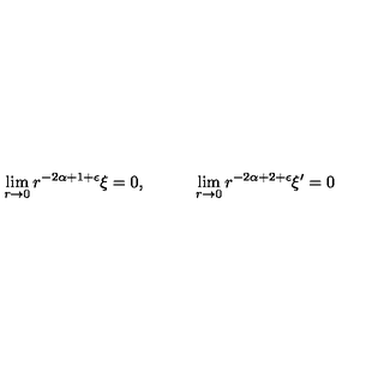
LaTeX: \lim _ { r \rightarrow 0 } r ^ { - 2 \alpha + 1 + \epsilon } \xi = 0 , \qquad \quad \lim _ { r \rightarrow 0 } r ^ { - 2 \alpha + 2 + \epsilon } \xi ^ { \prime } = 0